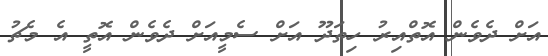
އަށް ދެވެން އޮތްއިރު ހިތަދޫ އަށް ސެމީއަށް ދެވެން އޮތީ އެ މެޗު